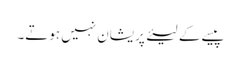
پیسے کے لیئے پریشان نہیں ہوتے۔